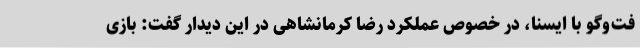
فت‌وگو با ایسنا، در خصوص عملکرد رضا کرمانشاهی در این دیدار گفت: بازی